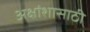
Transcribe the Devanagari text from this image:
अक्षांशासाठी